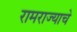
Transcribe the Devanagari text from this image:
रामराज्याचे